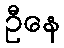
ဦနေ